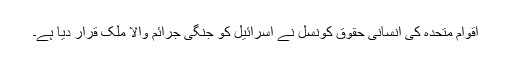
اقوام متحدہ کی انسانی حقوق کونسل نے اسرائیل کو جنگی جرائم والا ملک قرار دیا ہے۔